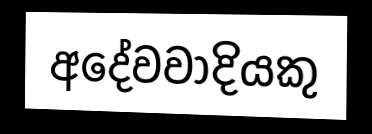
අදේවවාදියකු